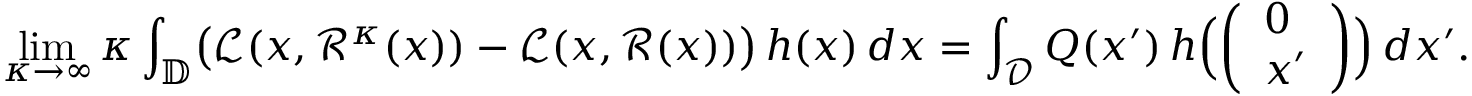
\operatorname* { l i m } _ { \kappa \to \infty } \kappa \int _ { \mathbb D } \bigl ( \mathcal L ( x , \mathcal R ^ { \kappa } ( x ) ) - \mathcal L ( x , \mathcal R ( x ) ) \bigr ) \, h ( x ) \, d x = \int _ { \mathcal D } Q ( x ^ { \prime } ) \, h \Bigl ( \left( \begin{array} { l } { 0 } \\ { x ^ { \prime } } \end{array} \right) \Bigr ) \, d x ^ { \prime } .